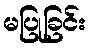
မပြုခြင်း